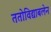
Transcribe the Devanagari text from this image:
ततोविद्याबलेन